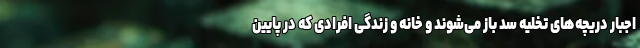
اجبار دریچه‌های تخلیه سد باز می‌شوند و خانه و زندگی افرادی که در پایین